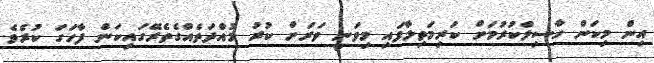
އިން މިކަން ހާސިލްކުރުމަށް ކުރިމަތިލާފައި މިވަނީ ވަރަށް ކުރު މުއްދަތެއްގެތެރޭގައިކަން ފާހަގަ ކުރެވެ